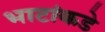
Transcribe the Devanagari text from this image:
भाटांकडे